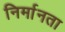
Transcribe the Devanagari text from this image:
निर्मानता